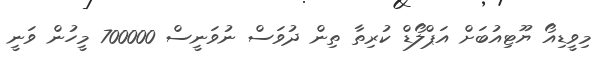
މިވީޑިއޯ ޔޫޓިއުބަށް އަޕްލޯޑް ކުރިތާ ތިން ދުވަސް ނުވަނީސް 700000 މީހުން ވަނީ